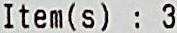
ITEM(S) : 3